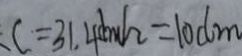
C = 3 1 . 4 d m h = 1 0 c m